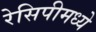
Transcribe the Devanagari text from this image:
रेसिपीमध्ये